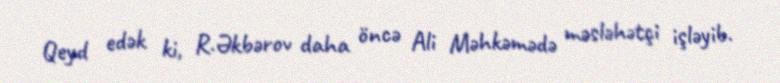
Qeyd edək ki, R.Əkbərov daha öncə Ali Məhkəmədə məsləhətçi işləyib.